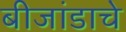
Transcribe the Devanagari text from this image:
बीजांडाचे